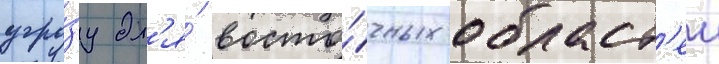
угро́зу дл'я́ восто́чных област'еи